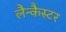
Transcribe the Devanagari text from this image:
लैन्कैस्टर